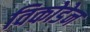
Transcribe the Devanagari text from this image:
विकोडेन